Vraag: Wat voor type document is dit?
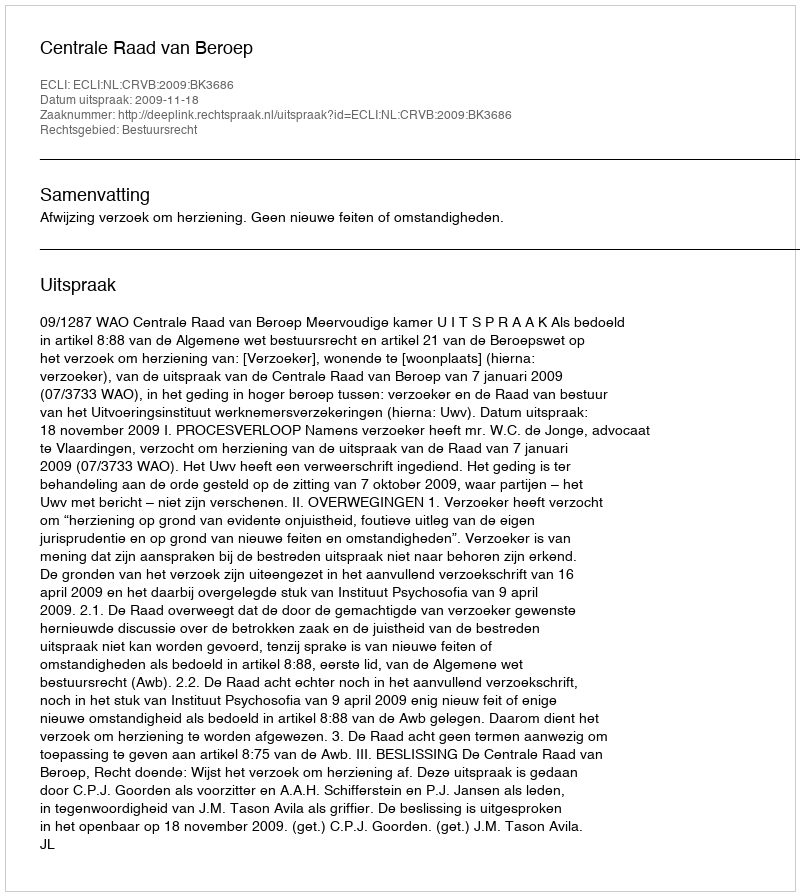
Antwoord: Uitspraak